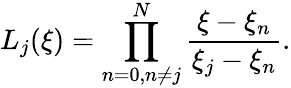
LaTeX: L_{j}(\xi)=\prod_{n=0,n\neq j}^{N}\frac{\xi-\xi_{n}}{\xi_{j}-\xi_{n}}.